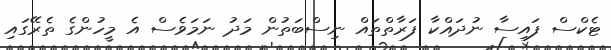
ޓެކްސް ފައިސާ ނުދައްކާ ފަރާތްތައް ނިސްބަތުން މަދު ނަމަވެސް އެ މީހުންގެ ތެރޭގައި